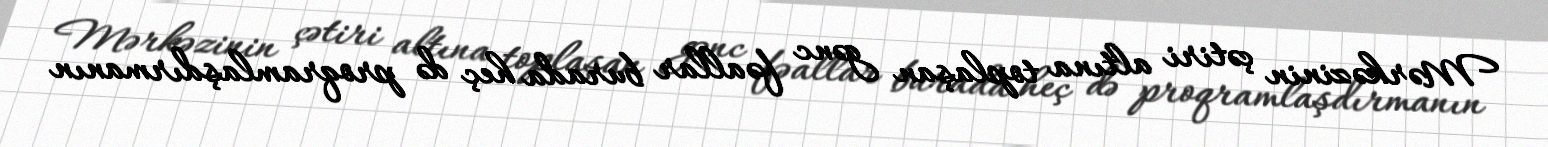
Mərkəzinin çətiri altına toplaşan gənc fəallar burada heç də proqramlaşdırmanın